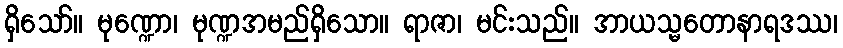
ရှိသော်။ မုဏ္ဍော၊ မုဏ္ဍအမည်ရှိသော။ ရာဇာ၊ မင်းသည်။ အာယသ္မတောနာရဒဿ၊